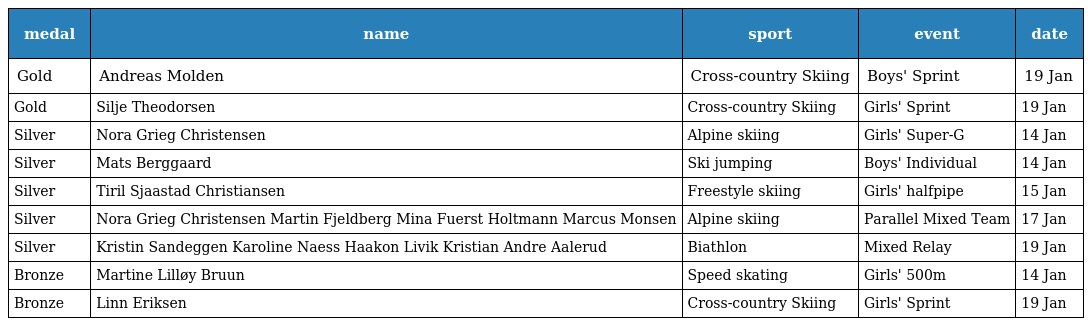
| medal | name | sport | event | date |
 | --- | --- | --- | --- | --- |
 | Gold | Andreas Molden | Cross-country Skiing | Boys' Sprint | 19 Jan |
 | Gold | Silje Theodorsen | Cross-country Skiing | Girls' Sprint | 19 Jan |
 | Silver | Nora Grieg Christensen | Alpine skiing | Girls' Super-G | 14 Jan |
 | Silver | Mats Berggaard | Ski jumping | Boys' Individual | 14 Jan |
 | Silver | Tiril Sjaastad Christiansen | Freestyle skiing | Girls' halfpipe | 15 Jan |
 | Silver | Nora Grieg Christensen Martin Fjeldberg Mina Fuerst Holtmann Marcus Monsen | Alpine skiing | Parallel Mixed Team | 17 Jan |
 | Silver | Kristin Sandeggen Karoline Naess Haakon Livik Kristian Andre Aalerud | Biathlon | Mixed Relay | 19 Jan |
 | Bronze | Martine Lilløy Bruun | Speed skating | Girls' 500m | 14 Jan |
 | Bronze | Linn Eriksen | Cross-country Skiing | Girls' Sprint | 19 Jan |